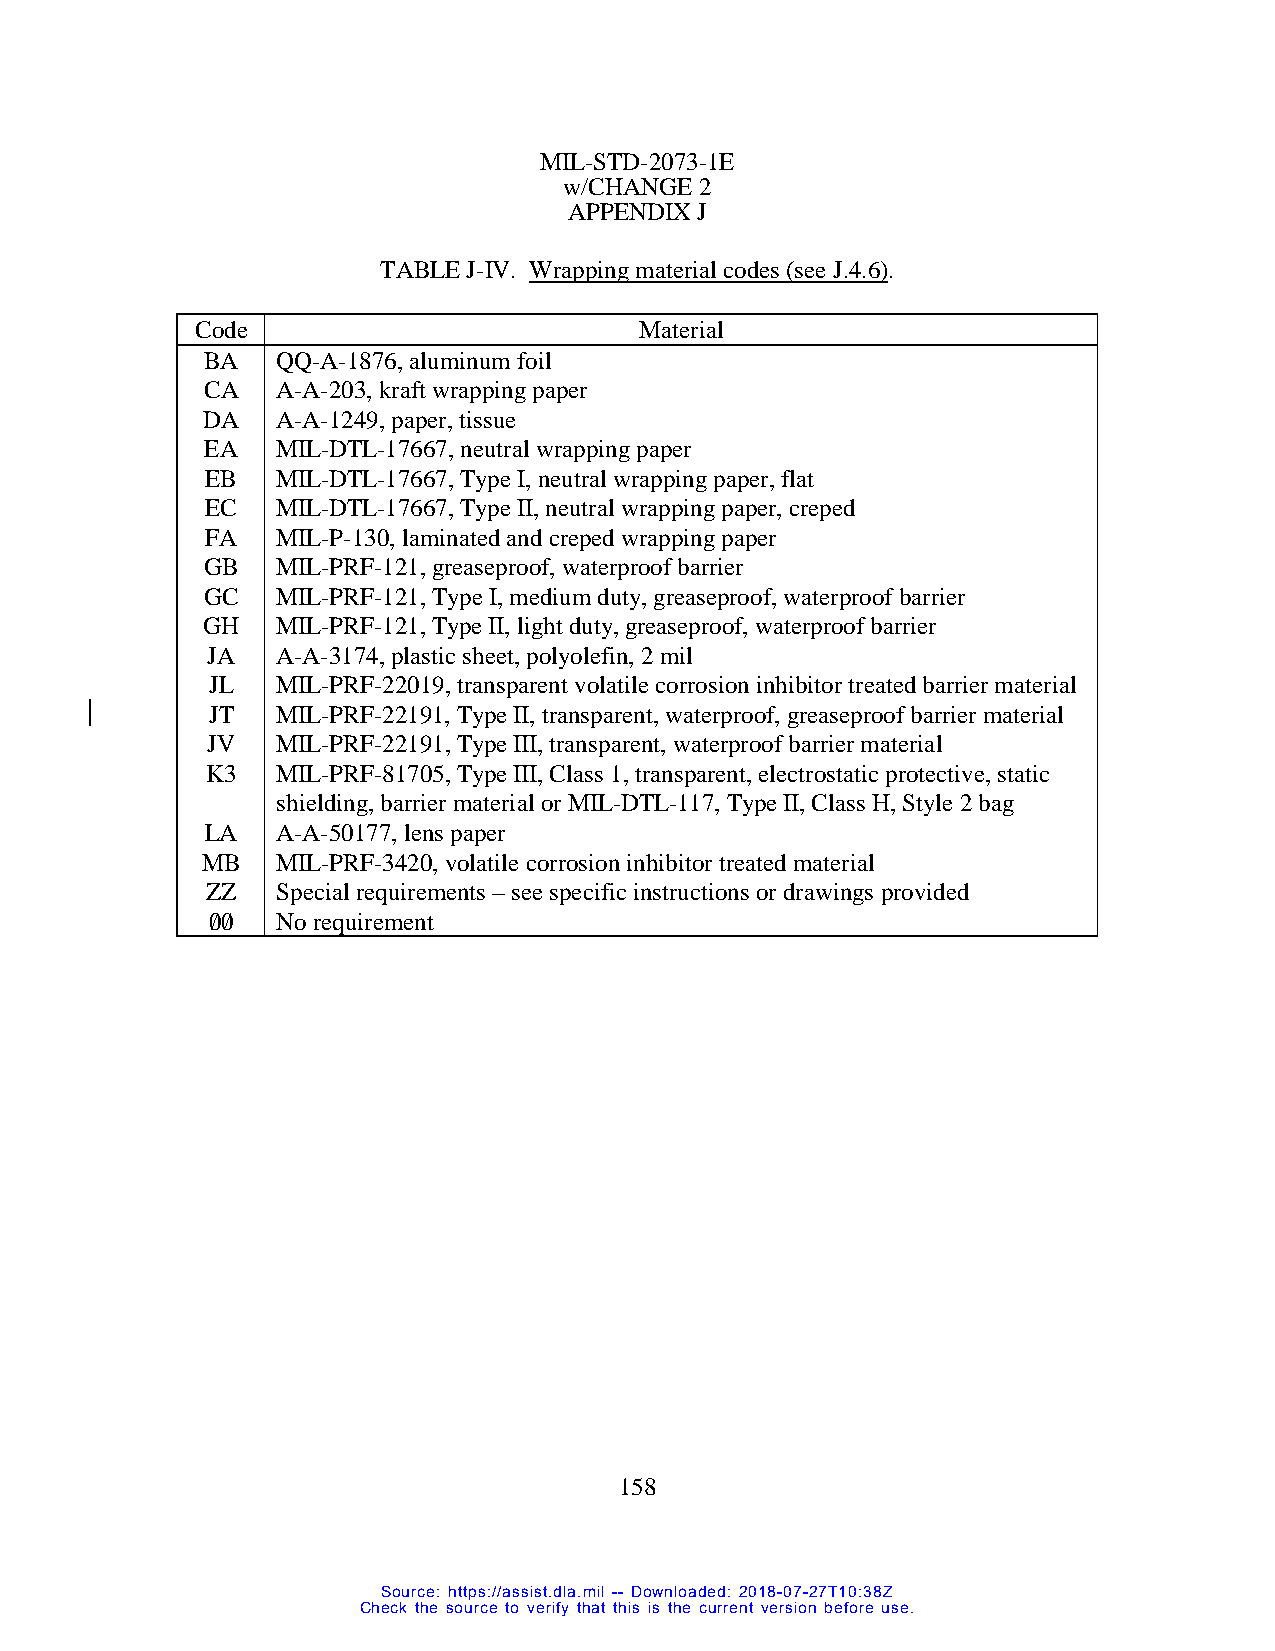
MIL-STD-2073-1E
 w/CHANGE 2
 APPENDIX J
 TABLE J-IV. Wrapping material codes (see J.4.6).
 Code                         Material
 BA   QQ-A-1876, aluminum foil
 CA   A-A-203, kraft wrapping paper
 DA   A-A-1249, paper, tissue
 EA  MIL-DTL-17667, neutral wrapping paper
 EB  MIL-DTL-17667, Type I, neutral wrapping paper, flat
 EC  MIL-DTL-17667, Type II, neutral wrapping paper, creped
 FA  MIL-P-130, laminated and creped wrapping paper
 GB   MIL-PRF-121, greaseproof, waterproof barrier
 GC   MIL-PRF-121, Type I, medium duty, greaseproof, waterproof barrier
 GH   MIL-PRF-121, Type II, light duty, greaseproof, waterproof barrier
 JA  A-A-3174, plastic sheet, polyolefin, 2 mil
 JL  MIL-PRF-22019, transparent volatile corrosion inhibitor treated barrier material
 JT  MIL-PRF-22191, Type II, transparent, waterproof, greaseproof barrier material
 JV  MIL-PRF-22191, Type III, transparent, waterproof barrier material
 K3  MIL-PRF-81705, Type III, Class 1, transparent, electrostatic protective, static
 shielding, barrier material or MIL-DTL-117, Type II, Class H, Style 2 bag
 LA  A-A-50177, lens paper
 MB   MIL-PRF-3420, volatile corrosion inhibitor treated material
 ZZ  Special requirements – see specific instructions or drawings provided
 0/0/ No requirement
 158
 Source: https://assist.dla.mil -- Downloaded: 2018-07-27T10:38Z
 Check the source to verify that this is the current version before use.